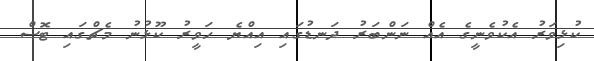
ކުޅިވަރު އެކުވެނީގެ އެއް ނަންބަރު ދަނޑުގައި އިއްޔެ ހަވީރު ކޫޅުނު މެޗްގައި ޓޮސް